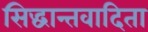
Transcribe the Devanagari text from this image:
सिद्धान्तवादिता